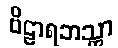
ဗိဠာရဘသ္တာ